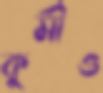
কুর্মীও